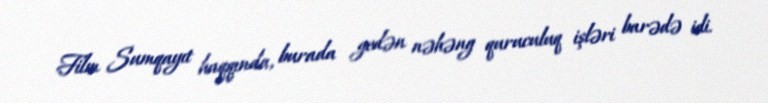
Film Sumqayıt haqqında, burada gedən nəhəng quruculuq işləri barədə idi.